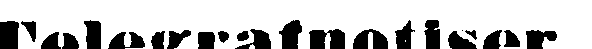
Telegrafnotiser